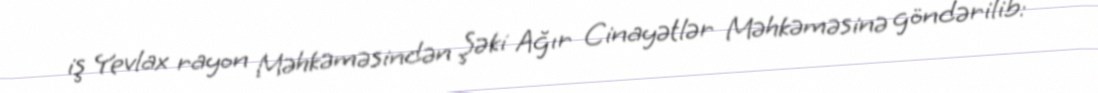
iş Yevlax rayon Məhkəməsindən Şəki Ağır Cinayətlər Məhkəməsinə göndərilib: